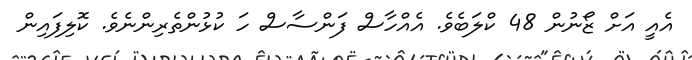
އެއީ އަށް ޒޯނުން 48 ކްލަބެވެ. އެއްހާސް ފަންސާސް ހަ ކުޅުންތެރިންނެވެ. ކޮލިފައިން